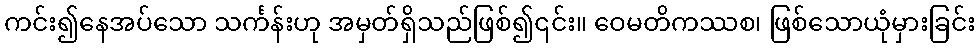
ကင်း၍နေအပ်သော သင်္ကန်းဟု အမှတ်ရှိသည်ဖြစ်၍၎င်း။ ဝေမတိကဿစ၊ ဖြစ်သောယုံမှားခြင်း